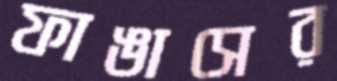
ফাঙাসের